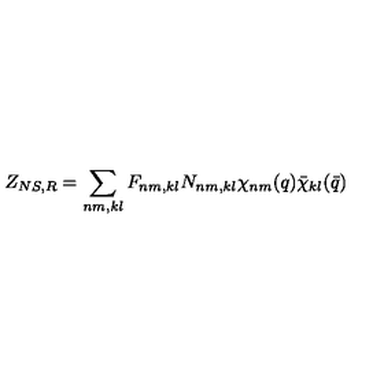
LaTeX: Z _ { N S , R } = \sum _ { n m , k l } F _ { n m , k l } N _ { n m , k l } \chi _ { n m } ( q ) \bar { \chi } _ { k l } ( \bar { q } )